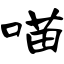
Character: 喵